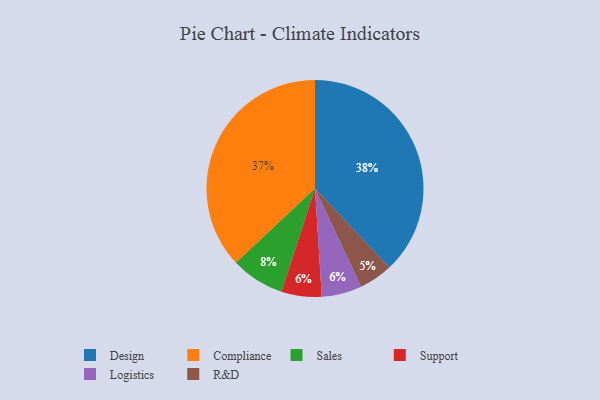
{"axis": {"x": "Category", "y": "Percentage"}, "legend": ["Compliance", "Design", "Logistics", "R&D", "Sales", "Support"], "data": [{"x": "Compliance", "y": 37, "type": "Compliance"}, {"x": "R&D", "y": 5, "type": "R&D"}, {"x": "Sales", "y": 8, "type": "Sales"}, {"x": "Support", "y": 6, "type": "Support"}, {"x": "Logistics", "y": 6, "type": "Logistics"}, {"x": "Design", "y": 38, "type": "Design"}]}